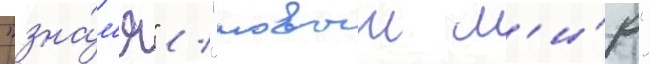
"зна́м'я" / "новыи м'и́р"